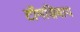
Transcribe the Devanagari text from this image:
टॉमशिवाय